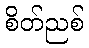
စိတ်ညစ်